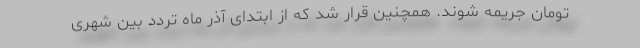
تومان جریمه شوند. همچنین قرار شد که از ابتدای آذر ماه تردد بین شهری